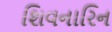
શિવનારિન